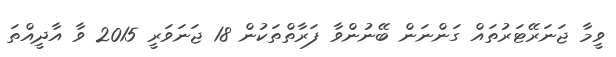
ވީމާ ޖަނަރޭޓަރުތައް ގަންނަން ބޭނުންވާ ފަރާތްތަކުން 18 ޖަނަވަރީ 2015 ވާ އާދީއްތަ